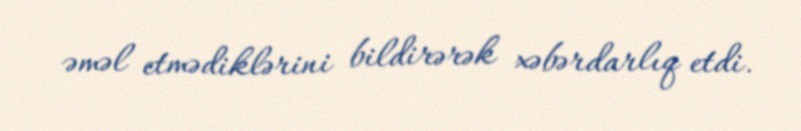
əməl etmədiklərini bildirərək xəbərdarlıq etdi.